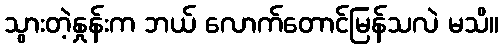
သွားတဲ့နှုန်းက ဘယ် လောက်တောင်မြန်သလဲ မသိ။